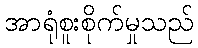
အာရုံစူးစိုက်မှုသည်